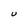
Character: U